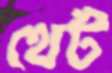
থেট